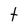
Character: t